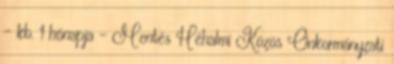
- kb. 1 hónapja - Mentés Héhalmi Közös Önkormányzati